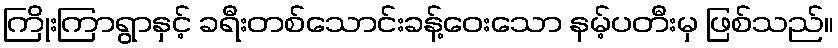
ကြိုးကြာရွာနှင့် ခရီးတစ်သောင်းခန့်ဝေးသော နမ့်ပတီးမှ ဖြစ်သည်။